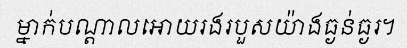
ម្នាក់បណ្តាលអោយរងរបួសយ៉ាងធ្ងន់ធ្ងរ។